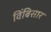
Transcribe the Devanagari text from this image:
विंबिसार